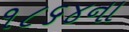
૧૮૬૪ના